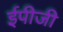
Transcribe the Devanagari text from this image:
ईपीजी